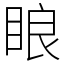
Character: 䀶